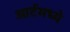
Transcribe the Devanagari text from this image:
आर्टमध्‍ये